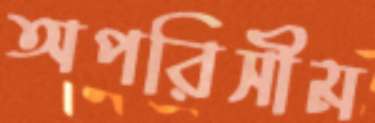
অপরিসীম